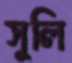
সুলি